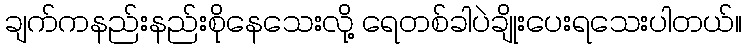
ချက်ကနည်းနည်းစိုနေသေးလို့ ရေတစ်ခါပဲချိုးပေးရသေးပါတယ်။